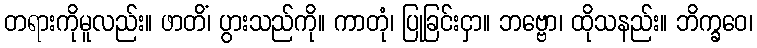
တရားကိုမူလည်း။ ဖာတိံ၊ ပွားသည်ကို။ ကာတုံ၊ ပြုခြင်းငှာ။ ဘဗ္ဗော၊ ထိုသနည်း။ ဘိက္ခဝေ၊